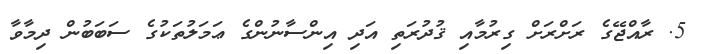
5. ރާއްޖޭގެ ރަށްރަށް ގިރުމާއި ޤުދުރަތި އަދި އިންސާނުންގެ ޢަމަލުތަކުގެ ސަބަބުން ދިމާވާ